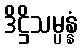
ဒိဋ္ဌိသမ္ပန္နံ